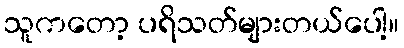
သူကတော့ ပရိသတ်များတယ်ပေါ့။